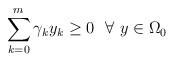
LaTeX: \begin{align*} \sum_{k=0}^{m} \gamma_{k}y_{k}\ge 0\ \ \forall\ y\in\Omega_{0}\end{align*}